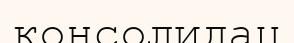
консолидац